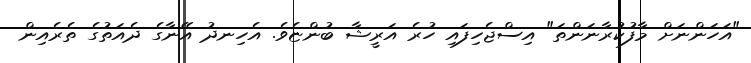
"އަހަންނަށް މާފުކުރާނަންތަ" އިސްޖެހިފައި ހުރެ އަރީޝާ ބުންޏެވެ. އެހިނދު އޭނާގެ ދެއަތުގެ ތެރެއިން